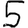
Digit: 5